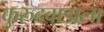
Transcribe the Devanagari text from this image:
कुरुंदवाडाला